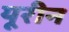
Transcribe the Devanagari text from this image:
यूरीन